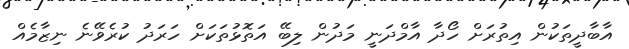
އާބާދީތަކުން އިތުރަށް ހޯދާ އާމްދަނީ މަދުން ލިބޭ އަތޮޅުތަކަށް ހަރަދު ކުރެވޭނެ ނިޒާމެއް